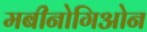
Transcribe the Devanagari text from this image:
मबीनोगिओन